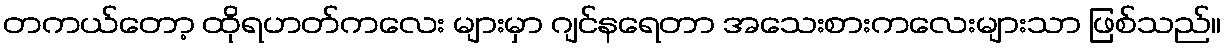
တကယ်တော့ ထိုရဟတ်ကလေး များမှာ ဂျင်နရေတာ အသေးစားကလေးများသာ ဖြစ်သည်။